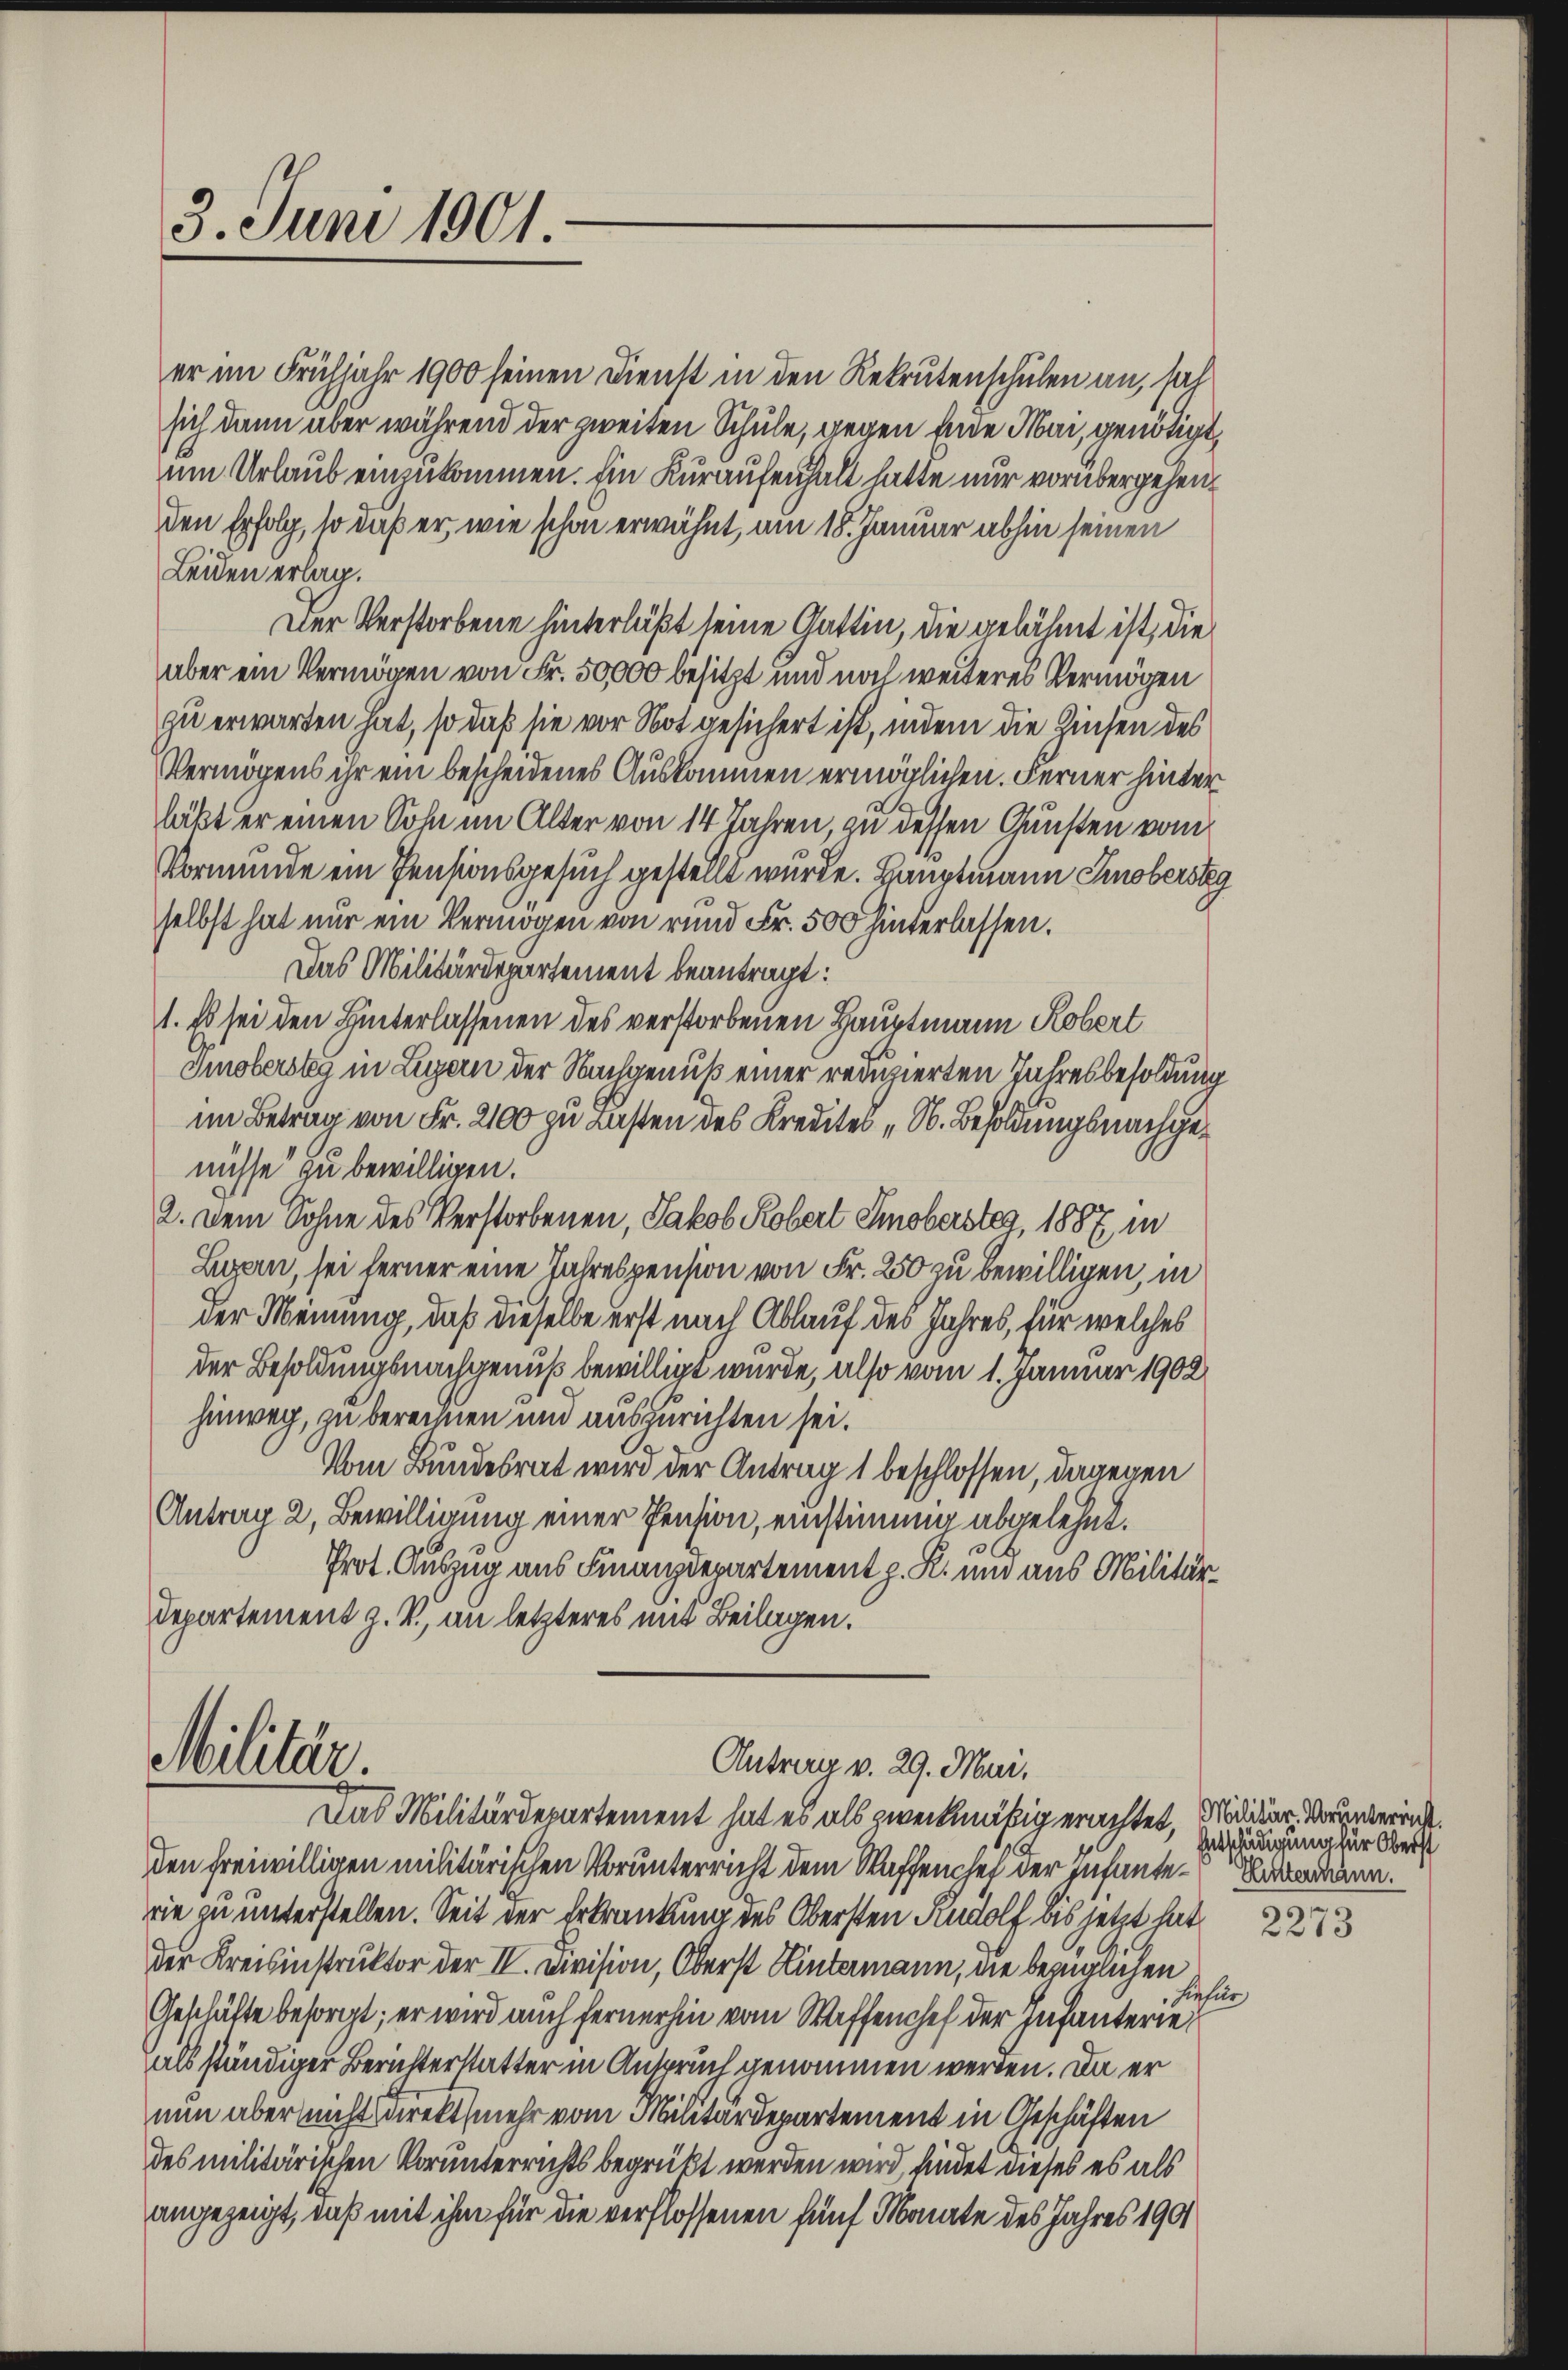
3. Juni 1901.

Militär.

Antrag v. 29. Mari.
Das Militärdepartement hat es als zweckmäßig erachtet, Mediker. Darunterint.

den freiwilligen militärischen Vorunterricht dem Waffenchef der Infanterie zu unterstellen. Seit der Erkrankung des Obersten Rudolf bis jetzt hat 223
der Kreisinstruktor der II. Division, Oberst Hintermann, die bezüglichen
Geschäfte besorgt; er wird auch fernerhin vom Waffenchef der Infanterie,
als ständiger Berichterstatter in Anspruch genommen werden. Da er
nun aber nicht direkt mehr vom Militärdepartement in Geschäften
des militärischen Vorunterrichts begrükt werden wird, findet dieses es als
angezeigt, daß mit ihm für die verflossenen fünf Monate des Jahres 1901

er im Frühjahr 1900 seinen Dienst in den Rekrutenschulen an, säh
sich dann aber während der zweiten Schule, gegen Eine Mai, genötigt,
um Urlaub einzukommen. Ein Kuraufenhalt hatte nur vorübergehen.
den Erfolg, so daß er, wie schon erwähnt, am 18. Januar abhin seinen
Leiden erlag.
Der Verstorbene hinterläßt seine Gattin, die gelähmt ist, die
aber ein Vermögen von Fr. 50,000 besitzt und noch weiteres Vermögen
zu erwarten hat, so daß sie vor Not gesichert ist, indem die Zinsen des
Vermögens ihr ein bescheidenes Auskommen ermöglichen. Ferner hinter
läßt er einen Sohn im Alter von 14 Jahren, zu dessen Gunsten vom
Vormunde ein Pensionsgesuch gestellt wurde. Hauptmann Smoberstag
selbst hat nur ein Vermögen von rund Fr. 500 hinterlassen.
Das Militärdepartement beantragt:
1. Es sei den Hinterlassenen des verstorbenen Hauptmann Robert
Smobersteg in Legern der Nachgenuß einer reduzierten Jahresbesoldung
im Betrag von Fr. 2100 zu Lasten des Kredites „N. Besoldungsnachgenüsse zu bewilligen.
2. Dem Sohne des Verstorbenen, Jakob Kobert Emobersteg, 1887, in
Luzern, sei ferner eine Jahrespension von Fr. 250 zu bewilligen, in
der Meinung, daß dieselbe erst nach Ablauf des Jahres, für welches
der Besoldungsnachgenuß bewilligt wurde, also vom 1. Januar 1902
hinweg, zu berechnen und auszurichten sei.
Vom Bundesrat wird der Antrag 1 beschlossen, dagegen
Antrag 2, Bewilligung einer Pension, einstimmig abgelehnt.
Prot. Auszug aus Finanzdepartement z. R. und aus Militär¬
Departement z. B., an letzteres mit Beilagen.

Entschädigung für Oberst
Hutterkann.
n
6
s

hiefür